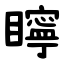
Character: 矃